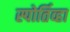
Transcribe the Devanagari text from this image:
स्पोर्तिव्हा